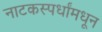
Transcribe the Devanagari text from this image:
नाटकस्पर्धांमधून